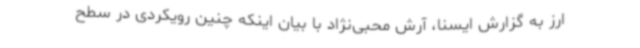
ارز به گزارش ایسنا، آرش محبی‌نژاد با بیان اینکه چنین رویکردی در سطح